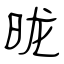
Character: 昽